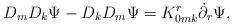
LaTeX: \begin{align*}&{D_m}{D_k}\Psi - {D_k}{D_m}\Psi=K_{0mk}^r{\dot \partial _r}\Psi,\end{align*}